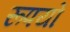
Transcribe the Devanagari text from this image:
रूपयो